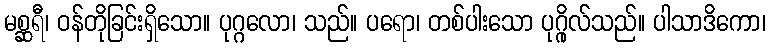
မစ္ဆရီ၊ ဝန်တိုခြင်းရှိသော။ ပုဂ္ဂလော၊ သည်။ ပရော၊ တစ်ပါးသော ပုဂ္ဂိုလ်သည်။ ပါသာဒိကော၊